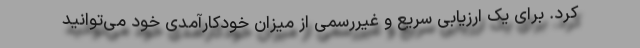
کرد. برای یک ارزیابی سریع و غیررسمی از میزان خودکارآمدی خود می‌توانید